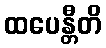
ထပေန္တီတိ